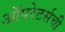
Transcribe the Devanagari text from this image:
ऑपरेटर्सची